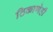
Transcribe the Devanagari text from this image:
ठिकाणेही